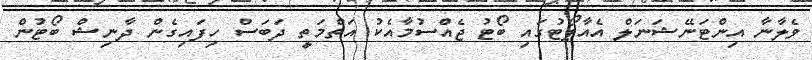
ވެލާނާ އިންޓަނޭޝަނަލް އެއާޕޯޓުގައި ބޯޓު ޖެއްސުމާއެކު އަތްމަތީ ދަބަސް ހިފައިގެން ދާނިޝް ބޯޓުން